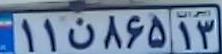
۱۱ن۸۶۵۱۳